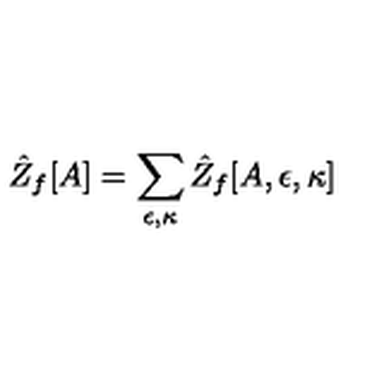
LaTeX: \hat { Z } _ { f } [ A ] = \sum _ { \epsilon , \kappa } \hat { Z } _ { f } [ A , \epsilon , \kappa ]